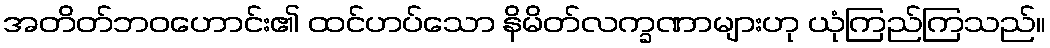
အတိတ်ဘဝဟောင်း၏ ထင်ဟပ်သော နိမိတ်လက္ခဏာများဟု ယုံကြည်ကြသည်။